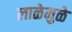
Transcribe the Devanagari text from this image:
लाळेमुळे